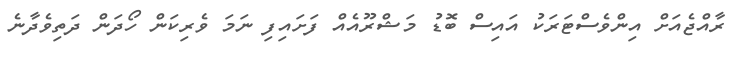
ރާއްޖެއަށް އިންވެސްޓަރަކު އައިސް ބޮޑު މަޝްރޫއެއް ފަށައިފި ނަމަ ވެރިކަން ހޯދަން ދަތިވެދާނެ